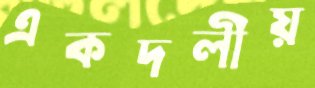
একদলীয়